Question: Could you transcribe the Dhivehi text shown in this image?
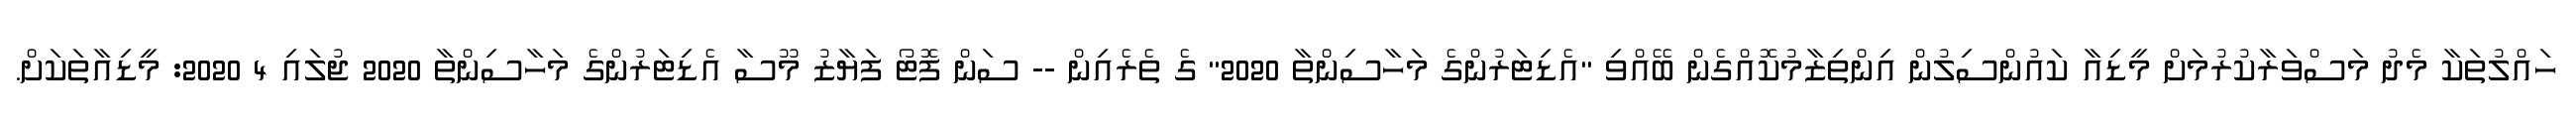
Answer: ހައްލުތަކާ މެދު މަސްވަރާކުރުމަށް މީޑިއާ ކައުންސިލުން އިންތިޒާމުކޮއްގެން ބޭއްވި "އެޑިޓަރުންގެ މަހާސިންތާ 2020" ގެ ތެރެއިން -- ސަން ފޮޓޯ ފަޔާޒު މޫސާ އެޑިޓަރުންގެ މަހާސިންތާ 2020 ޖުލައި 4 2020: މީޑިއާތަކަށް.